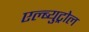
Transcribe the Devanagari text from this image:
एल्ब्युट्रोल